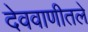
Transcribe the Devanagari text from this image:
देववाणीतले